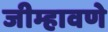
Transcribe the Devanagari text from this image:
जीम्हावणे